Lunatic asylums Central Provinces reports 1874-1885 - 1874-1885
Year: 1874
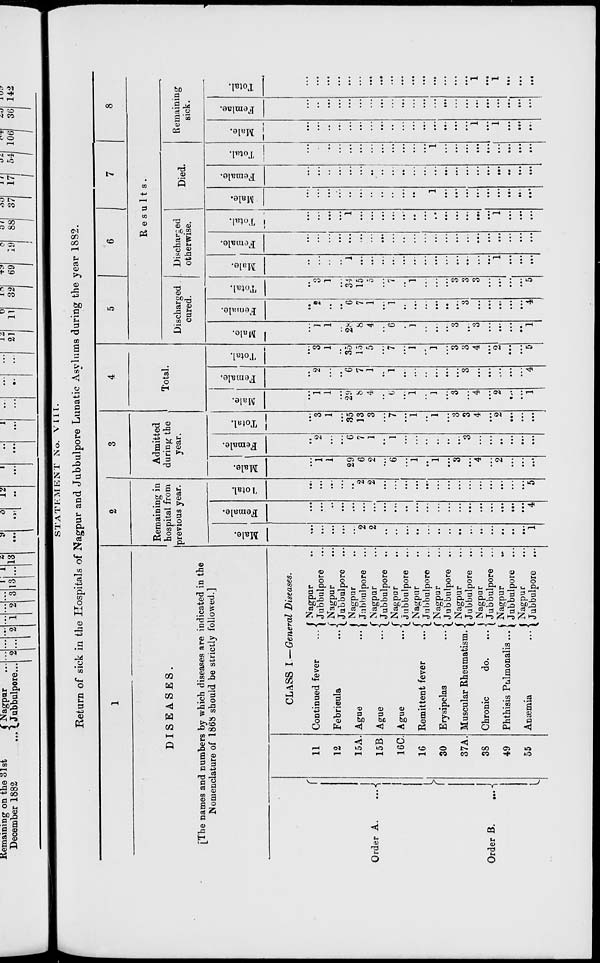
STATEMENT No. VIII.
Return of sick in the Hospitals of Nagpur and Jubbulpore Lunatic Asylums during the year 1882.
1
DISEASES.
[The names and numbers by which diseases are indicated in the
Nomenclature of 1868 should be strictly followed.]
Order A.
...
Order B.
...
11
12
15A.
15B.
16C.
16
30
37A.
38
49
55
CLASS I—General Diseases.
Continued fever ...
Febricula ...
Ague ...
Ague ...
Ague ...
Remittent fever
...
Erysipelas ...
Muscular Rheumatism.
Chronic
do. ...
Phthisis Pulmonalis ...
Anæmia
...
Nagpur ...
Jubbulpore ...
Nagpur ...
Jubbulpore ...
Nagpur ...
Jubbulpore ...
Nagpur ...
Jubbulpore ...
Nagpur ...
Jubbulpore ...
Nagpur ...
Jubbulpore ...
Nagpur ...
Jubbulpore ...
Nagpur ...
Jubbulpore ...
Nagpur ...
Jubbulpore ...
Nagpur ...
Jubbulpore ...
Nagpur ...
Jubbulpore
...
2
Remaining in
hospital from
previous year.
Male.
...
...
...
...
...
2
2
...
...
...
...
...
...
...
...
...
...
...
...
...
...
1
Female.
...
...
...
...
...
...
...
...
...
...
...
...
...
...
...
...
...
...
...
...
...
4
Total.
...
...
...
...
...
2
2
...
...
...
...
...
...
...
...
...
...
...
...
...
...
5
3
Admitted
during the
year.
Male.
...
1
1
...
29
6
2
...
6
...
1
...
1
...
3
...
4
...
2
...
...
...
Female.
...
2
...
...
6
7
1
...
1
...
...
...
...
...
...
3
...
...
...
...
...
...
Total.
...
3
1
...
35
13
3
...
7
...
1
...
1
...
3
3
4
...
2
...
...
...
4
Total.
Male.
...
1
1
...
29
8
4
...
6
...
1
...
1
...
3
...
4
...
2
...
...
1
Female.
...
2
...
...
6
7
1
...
1
...
...
...
...
...
...
3
...
...
...
...
...
4
Total.
...
3
1
...
35
15
5
...
7
...
1
...
1
...
3
3
4
...
2
...
...
5
5
6
7
8
Results.
Discharged
cured.
Male.
...
1
1
...
28
8
4
...
6
...
1
...
...
...
3
...
3
...
...
...
...
1
Female.
...
2
...
...
6
7
1
...
1
...
...
...
...
...
...
3
...
...
...
...
...
4
Total.
...
3
1
...
34
15
5
...
7
...
1
...
...
...
3
3
3
...
...
...
...
5
Discharged
otherwise.
Male.
...
...
...
...
1
...
...
...
...
...
...
...
...
...
...
...
...
...
1
...
...
...
Female.
...
...
...
...
...
...
...
...
...
...
...
...
...
...
...
...
...
...
...
...
...
...
Total.
...
...
...
...
1
...
...
...
...
...
...
...
...
...
...
...
...
...
1
...
...
...
Died.
Male.
...
...
...
...
...
...
...
...
...
...
...
...
1
...
...
...
...
...
...
...
...
...
Female.
...
...
...
...
...
...
...
...
...
...
...
...
...
...
...
...
...
...
...
...
...
...
Total.
...
...
...
...
...
...
...
...
...
...
...
...
1
...
...
...
...
...
...
...
...
...
Remaining
sick.
Male.
...
...
...
...
...
...
...
...
...
...
...
...
...
...
...
...
1
...
1
...
...
...
Female.
...
...
...
...
...
...
...
...
...
...
...
...
...
...
...
...
...
...
...
...
...
...
Total.
...
...
...
...
...
...
...
...
...
...
...
...
...
...
...
...
1
...
1
...
...
...